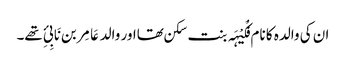
ان کی والدہ کا نام فُکَیْہَہ بنت سکن تھااور والد عَامِر بن نَابِیِٔ تھے۔